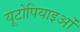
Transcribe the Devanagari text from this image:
यूटोपियाइओं